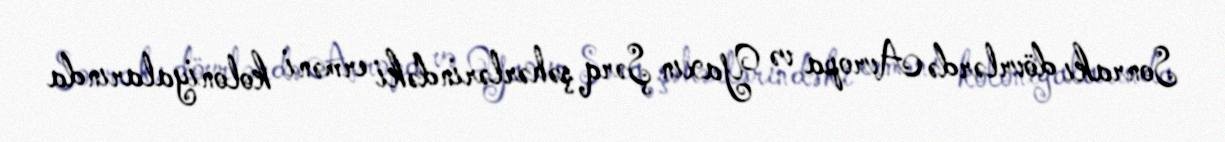
Sonrakı dövrlərdə Avropa və Yaxın Şərq şəhərlərindəki erməni koloniyalarında